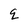
Character: q